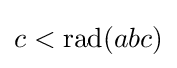
c<{\text{rad}}(abc)